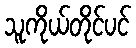
သူကိုယ်တိုင်ပင်